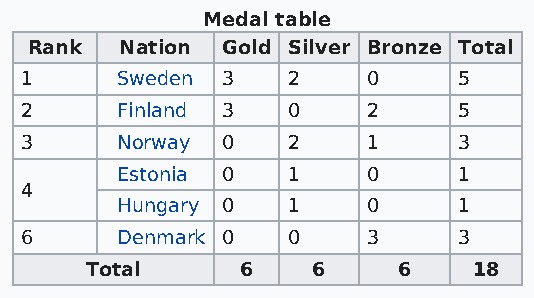
Medal table
 Rank  Nation Gold Silver Bronze Total
 1      Sweden 3   2    0     5
 2      Finland 3  0    2     5
 3      Norway 0   2    1     3
 Estonia 0  1    0     1
 4
 Hungary 0  1    0     1
 6      Denmark 0  0    3     3
 Total     6    6    6    18